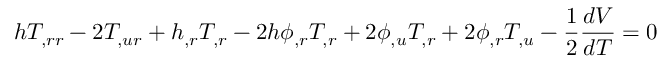
h T _ { , r r } - 2 T _ { , u r } + h _ { , r } T _ { , r } - 2 h \phi _ { , r } T _ { , r } + 2 \phi _ { , u } T _ { , r } + 2 \phi _ { , r } T _ { , u } - \frac 1 2 \frac { d V } { d T } = 0